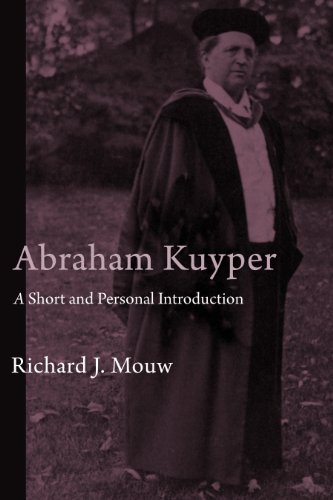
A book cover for Abraham Kuyper: A Short and Personal Introduction; Richard J. Mouw; Christian Books & Bibles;